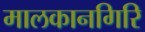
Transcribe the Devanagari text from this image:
मालकानगिरि